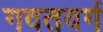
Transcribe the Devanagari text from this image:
गवतवर्ग